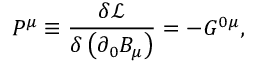
P ^ { \mu } \equiv \frac { \delta \mathcal { L } } { \delta \left( \partial _ { 0 } B _ { \mu } \right) } = - G ^ { 0 \mu } ,